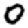
Digit: 0